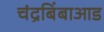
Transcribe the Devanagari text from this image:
चंद्रबिंबाआड